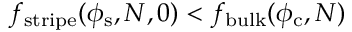
f _ { \mathrm { s t r i p e } } ( \phi _ { \mathrm { s } } , N , 0 ) < f _ { \mathrm { b u l k } } ( \phi _ { \mathrm { c } } , N )